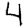
Digit: 4